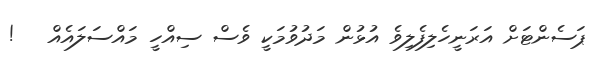
ޕަސެންޓަށް އަރަނީހެލިފެލިވެ އުޅުން މަދުވުމަކީ ވެސް ސިއްހީ މައްސަލައެއް   !